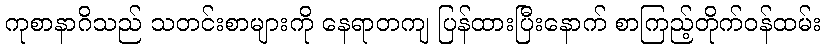
ကုစာနာဂိသည် သတင်းစာများကို နေရာတကျ ပြန်ထားပြီးနောက် စာကြည့်တိုက်ဝန်ထမ်း